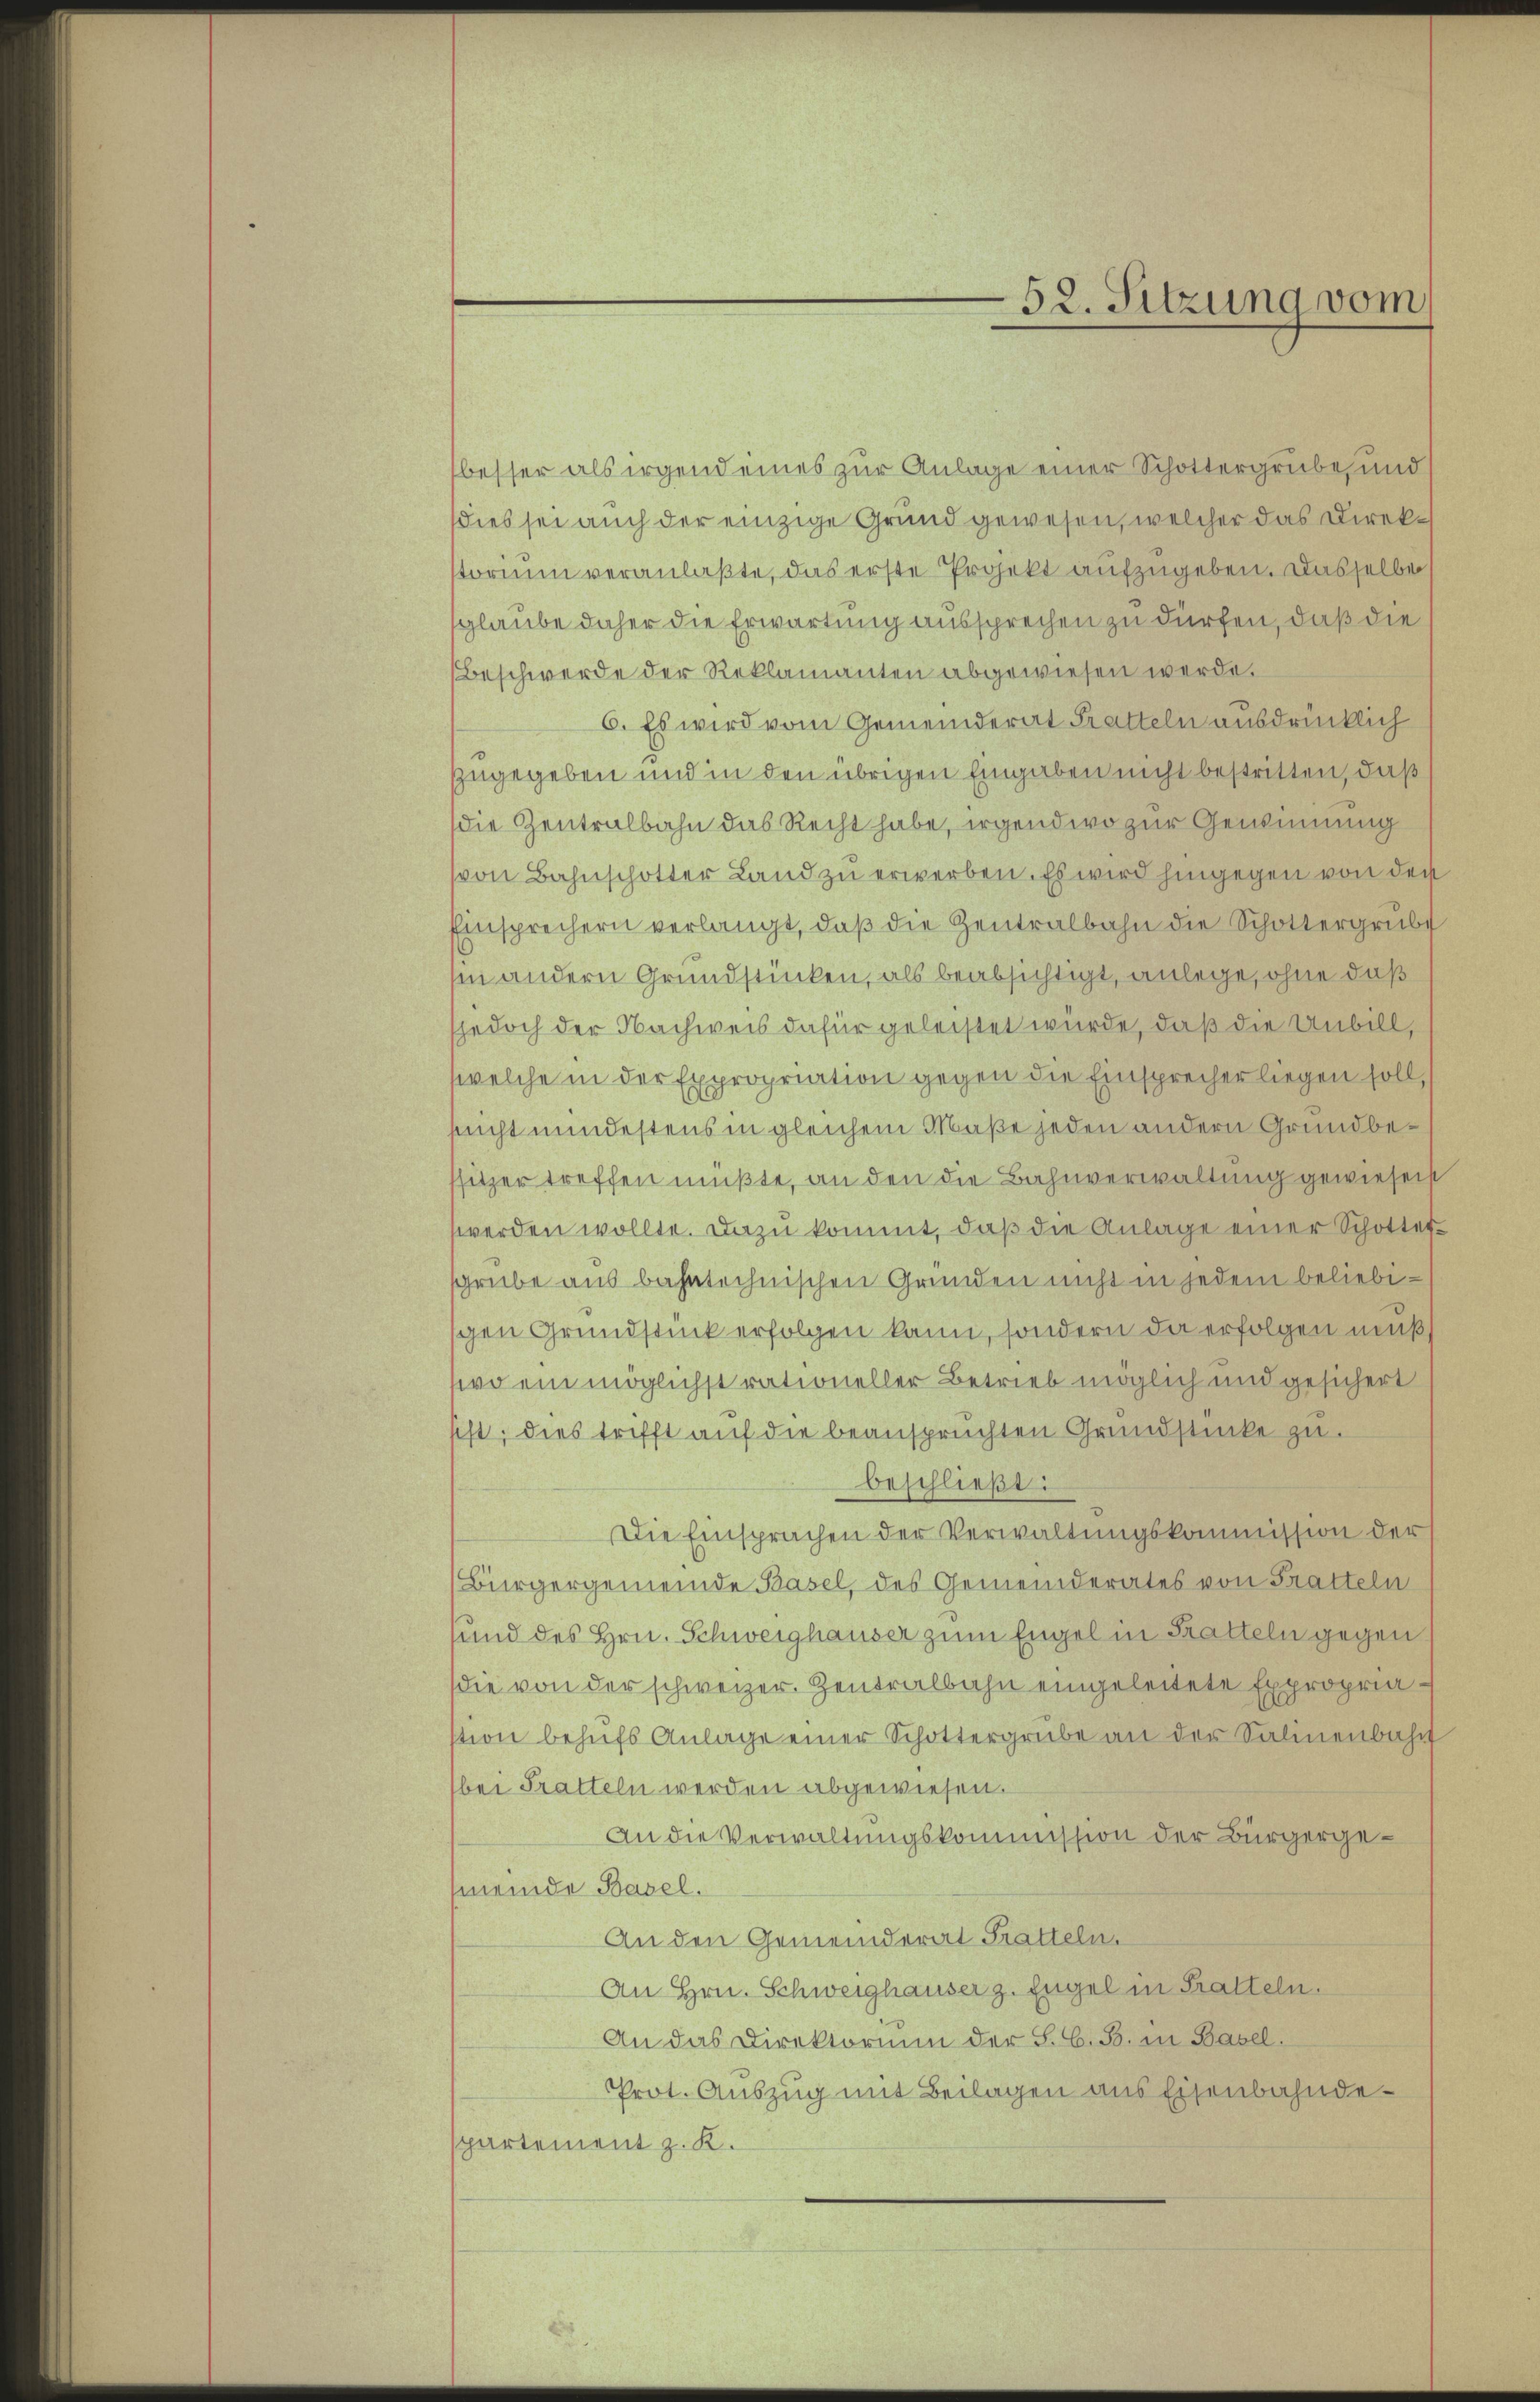
besser als irgend eines zur Anlage einer Schottergrube, und
dies sei auch der einzige Grund gewesen, welcher das Direkstorium veranlaßte, das erste Projekt aufzugeben. Dasselbe
sglaube daher die Erwartung aussprechen zu dürfen, daß die
Beschwerde der Reklamanten abgewiesen werde.
6. Es wird vom Gemeinderat Pratteln ausdrücklich
zugegeben und in den übrigen Eingaben nicht bestritten, daß
die Zentralbahn das Recht habe, irgendwo zur Gewinnung
von Bahnschotter Land zu erwerben. Es wird hingegen von der
Einsprechern verlangt, daβ die Zentralbahn die Schottergrube
hin andern Grundstücken, als beabsichtigt, anlege, ohne daß
sjedoch der Nachweis dafür geleistet wurde, daß die Unbill,
welche in der Expropriation gegen die Einsprecher liegen soll,
snicht mindestens in gleichem Maße jeden andern Grundbesitzer treffen müßte, an den die Bahnverwaltung gewiesen
werden wollte. Dazu kommt, daß die Anlage einer Schottersgrube aus bahntechnischen Gründen nicht in jedem beliebigen Grundstück erfolgen kann, sondern da erfolgen muß
wo ein möglichst rationeller Betrieb möglich und gesichert
sift; dies trifft auf die beanspruchten Grundstücke zu.
beschlieβt:
Die Einsprachen der Verwaltungskommission der
Bürgergemeinde Basel, des Gemeinderates von Tratteln
und des Hrn. Schweighauser zum Engel in Satteln gegen
die von der schweizer. Zentralbahn eingeleitete Expropriastion behŭfs Anlage einer Schottergrube an der Salinenbahn
bei Tratteln werden abgewiesen.
An die Verwaltungskommission der Bürgerge¬
(meinde Basel.
An den Gemeinderat Tratteln.
An Hrn. Schweighauser z. Engel in Pratteln.
An das Direktorium der S. G. B. in Basel.
Prot. Auszug mit Beilagen aus Eisenbahndepartement z. K.

52. Sitzung vom